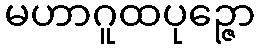
မဟာဂူထပုဉ္ဇော